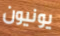
يونيون